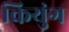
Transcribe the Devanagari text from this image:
कियुंग